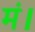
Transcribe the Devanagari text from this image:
मं।